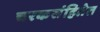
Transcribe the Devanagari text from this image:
चरकसंहितेत